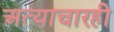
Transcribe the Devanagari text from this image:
अत्याचारही